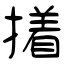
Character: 撯